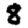
Digit: 8